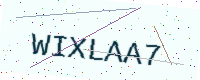
Text: WIXLAA7